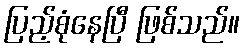
ပြည့်စုံနေပြီ ဖြစ်သည်။